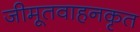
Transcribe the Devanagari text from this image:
जीमूतवाहनकृत